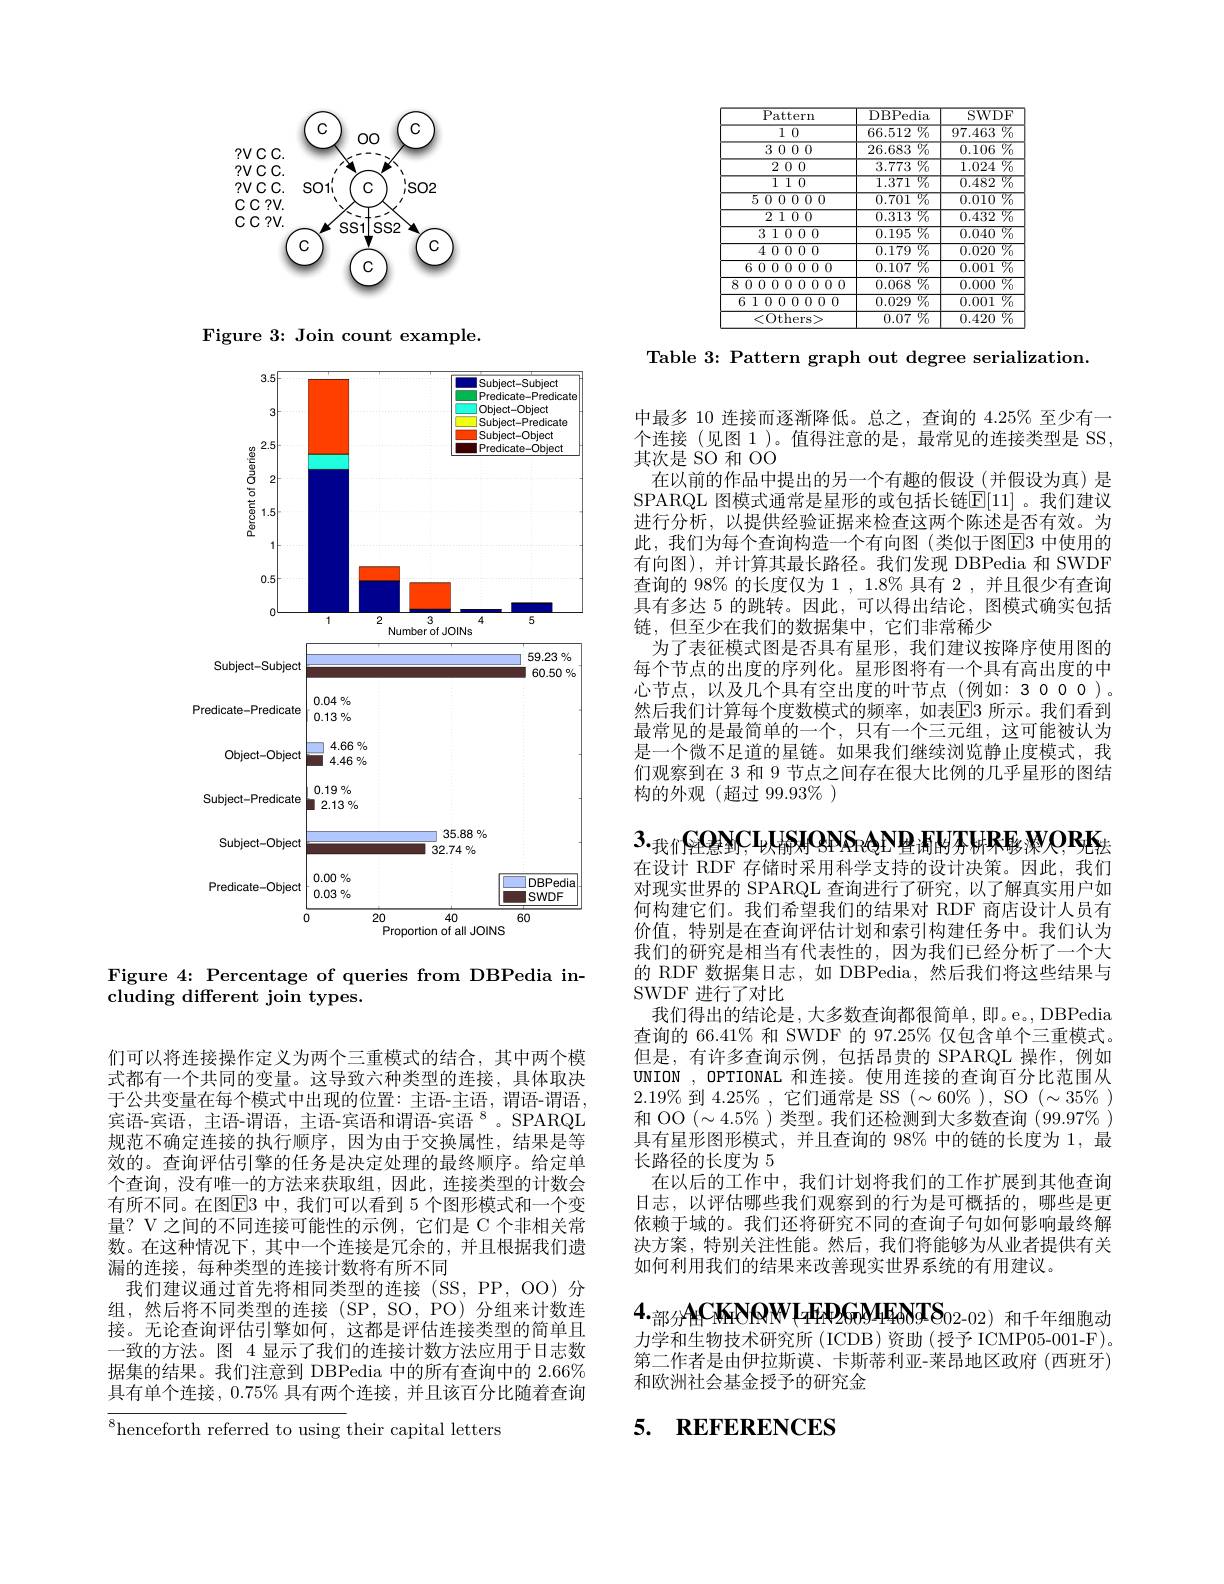
<FigureHere>

Figure 3: Join count example.

<FigureHere>

Figure 4: Percentage of queries from DBPedia in-
${\mathrm{cluding~different~join~types.}}$

们可以将连接操作定义为两个三重模式的结合，其中两个模式都有一个共同的变量。这导致六种类型的连接，具体取决于公共变量在每个模式中出现的位置：主语-主语，谓语-谓语， 宾语-宾语，主语-谓语，主语-宾语和谓语-宾语$^{8}$。SPARQL 规范不确定连接的执行顺序，因为由于交换属性，结果是等效的。查询评估引擎的任务是决定处理的最终顺序。给定单个查询，没有唯一的方法来获取组，因此，连接类型的计数会有所不同。在图$\boxed{\mathrm{E}}3$ 中，我们可以看到 5 个图形模式和一个变量？V 之间的不同连接可能性的示例，它们是 C 个非相关常数。在这种情况下，其中一个连接是冗余的，并且根据我们遗漏的连接，每种类型的连接计数将有所不同
我们建议通过首先将相同类型的连接(SS,PP,OO)分组，然后将不同类型的连接(SP,SO,PO)分组来计数连接。无论查询评估引擎如何，这都是评估连接类型的简单且一致的方法。图 4 显示了我们的连接计数方法应用于日志数据集的结果。我们注意到 DBPedia 中的所有查询中的$2.66\%\%$ 具有单个连接，$0.75\%$具有两个连接，并且该百分比随着查询

$^{8}$henceforth referred to using their capital letters

<table>
	<tbody>
		<tr>
			<th>$\operatorname{Pattern}$</th>
			<th>DBPedia</th>
			<th>SWDF</th>
		</tr>
		<tr>
			<td>$\overline{10}$</td>
			<td>$\overline{66.512}\%$</td>
			<td>$\overline{{\%}}_{0}$ 97.463</td>
		</tr>
		<tr>
			<td>3 0 0 0</td>
			<td>$\overline{3}\%$ 26.683</td>
			<td>$\overline{{07_0}}$ 0.106</td>
		</tr>
		<tr>
			<td>2 0 0</td>
			<td>3.773 $\%$</td>
			<td>1.024 $\overline{\%}_{0}$</td>
		</tr>
		<tr>
			<td>$\boxed{110}$</td>
			<td>$77_0$ 1.371 112</td>
			<td>0.482 $\%$</td>
		</tr>
		<tr>
			<td>5 0 0 0 0 0</td>
			<td>$\mathbb{W}_0$ 0.701</td>
			<td>$\%$ 0.010 </td>
		</tr>
		<tr>
			<td>2100</td>
			<td>$\overline{0.313}\%$</td>
			<td>$\%$ 0.432</td>
		</tr>
		<tr>
			<td>3 1 0 0 0</td>
			<td>$\overline{5}\%$ 0.195 </td>
			<td>$\%$ 0.040</td>
		</tr>
		<tr>
			<td>4 0 0 0 0</td>
			<td>${\overline{0.179\%}}$</td>
			<td>$\%$ 0.020</td>
		</tr>
		<tr>
			<td>6 0 0 0 0 0 0 0</td>
			<td>$\%$ 0.107 $\frac{1}{2}=\frac{1}{2}$</td>
			<td>${\overline{0}/_{0}}$ 0.001</td>
		</tr>
		<tr>
			<td>8 0 0 0 0 0 0 0 0 0</td>
			<td>${\overline{0.068\%}}$</td>
			<td>$\%$ 0.000</td>
		</tr>
		<tr>
			<td>6 1 0 0 0 0 0 0 0</td>
			<td>$\overline{{\text{)\%}}}$ 0.029</td>
			<td>${\overline{0}}{\mathbb{Z}_0}$ 0.001</td>
		</tr>
		<tr>
			<td><0thers></td>
			<td>${\overline{0.07\%}}$</td>
			<td>$\overline{{07_0}}$ 0.420</td>
		</tr>
	</tbody>
</table>

Table 3: Pattern graph out degree serialization.

中最多 10 连接而逐渐降低。总之，查询的 4.25% 至少有一个连接(见图 1)。值得注意的是，最常见的连接类型是 SS, 其次是 SO 和 OO
在以前的作品中提出的另一个有趣的假设(并假设为真)是SPARQL 图模式通常是星形的或包括长链$\mathbb{E}[11]$。我们建议进行分析，以提供经验证据来检查这两个陈述是否有效。为此，我们为每个查询构造一个有向图(类似于图E3 中使用的有向图),并计算其最长路径。我们发现 DBPedia 和 SWDF 查询的 98% 的长度仅为 1 , 1.8% 具有 2 ,并且很少有查询具有多达 5 的跳转。因此，可以得出结论，图模式确实包括链，但至少在我们的数据集中，它们非常稀少
为了表征模式图是否具有星形，我们建议按降序使用图的每个节点的出度的序列化。星形图将有一个具有高出度的中心节点，以及几个具有空出度的叶节点(例如：3000)。然后我们计算每个度数模式的频率，如表回3 所示。我们看到最常见的是最简单的一个，只有一个三元组，这可能被认为是一个微不足道的星链。如果我们继续浏览静止度模式，我们观察到在 3 和 9 节点之间存在很大比例的几乎星形的图结构的外观(超过 99.93%)

$3._\text{我们}{\mathrm{GONC,USIONSeAN}}$星调的芬林影深$0,\mathrm{RK}_\text{法}$ 在设计 RDF 存储时采用科学支持的设计决策。因此，我们对现实世界的 SPARQL 查询进行了研究，以了解真实用户如何构建它们。我们希望我们的结果对 RDF 商店设计人员有价值，特别是在查询评估计划和索引构建任务中。我们认为我们的研究是相当有代表性的，因为我们已经分析了一个大的 RDF 数据集日志，如 DBPedia,然后我们将这些结果与SWDF 进行了对比
我们得出的结论是，大多数查询都很简单，即。e。, DBPedia 查询的 66.41% 和 SWDF 的 97.25% 仅包含单个三重模式。但是，有许多查询示例，包括昂贵的 SPARQL 操作，例如UNION , OPTIONAL 和连接。使用连接的查询百分比范围从$2.19\%$到$4.25\%$,它们通常是 SS $(\sim60\%)$, SO $(\sim35\%)$ 和 OO $(\sim4.5\%$ )类型。我们还检测到大多数查询 (99.97% ) 具有星形图形模式，并且查询的 98% 中的链的长度为 1, 最长路径的长度为 5
在以后的工作中，我们计划将我们的工作扩展到其他查询日志，以评估哪些我们观察到的行为是可概括的，哪些是更依赖于域的。我们还将研究不同的查询子句如何影响最终解决方案，特别关注性能。然后，我们将能够为从业者提供有关如何利用我们的结果来改善现实世界系统的有用建议。
$4._\text{部分AHCKiNQW(zFiPGoMEoNTS}_{02-02)\text{ 和千年细胞动}}$ 力学和生物技术研究所 (ICDB)资助(授予 ICMP05-001-F)。第二作者是由伊拉斯谟、卡斯蒂利亚-莱昂地区政府 (西班牙) 和欧洲社会基金授予的研究金

## 5. REFERENCES